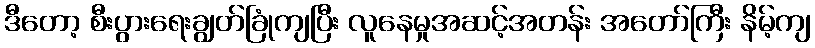
ဒီတော့ စီးပွားရေးချွတ်ခြုံကျပြီး လူနေမှုအဆင့်အတန်း အတော်ကြီး နိမ့်ကျ